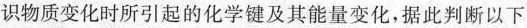
识物质变化时所引起的化学键及其能量变化，据此判断以下